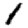
Digit: 1